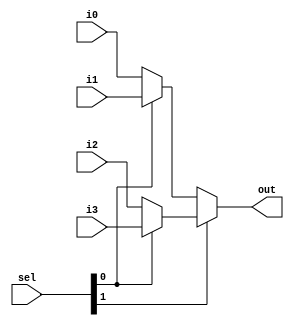
//-----------------------------------------------------------------------------
// Title         : 4-1 multiplexer
//-----------------------------------------------------------------------------

module mux4_32bit( i0, i1, i2, i3, sel, out );
  
  input[31:0] i0, i1, i2, i3 ;
  input[1:0] sel ;
  output[31:0] out ;
  
  assign out = (sel[1])?(sel[0]?i3:i2):(sel[0]?i1:i0) ;
  
endmodule